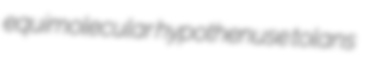
equimolecular hypothenuse tolans